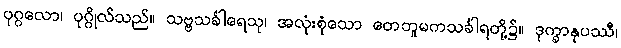
ပုဂ္ဂလော၊ ပုဂ္ဂိုလ်သည်။ သဗ္ဗသင်္ခါရေသု၊ အလုံးစုံသော တေဘူမကသင်္ခါရတို့၌။ ဒုက္ခာနုပဿီ၊